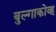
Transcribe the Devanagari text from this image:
बुल्गाकोव्ह